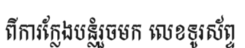
ពីការក្លែងបន្លំរួចមក លេខទូរស័ព្ទ